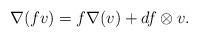
LaTeX: \begin{align*}\nabla(fv) = f\nabla(v) + df \otimes v.\end{align*}